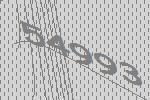
54993